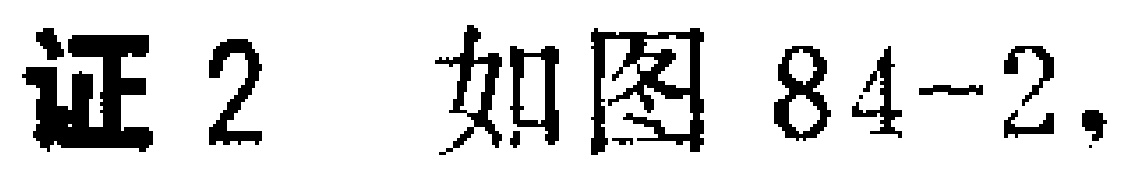
证2 如图84-2,